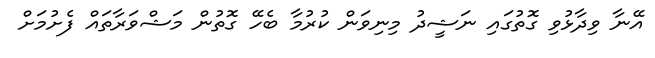
އޭނާ ވިދާޅުވި ގޮތުގައި ނަޝީދު މިނިވަން ކުރުމާ ބެހޭ ގޮތުން މަޝްވަރާތައް ފެށުމަށް